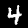
Label: 4